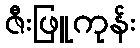
ဇီးဖြူကုန်း